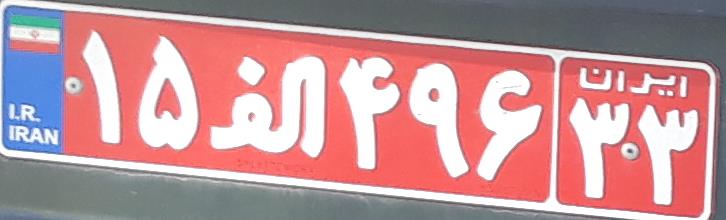
۱۵ا۴۹۶۳۳